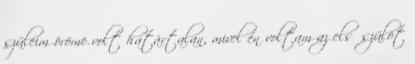
szüleim öröme volt határtalan, mivel én voltam az elsőszülöt